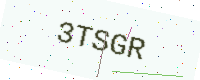
Text: 3TSGR